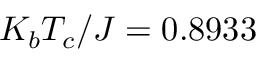
K _ { b } T _ { c } / J = 0 . 8 9 3 3